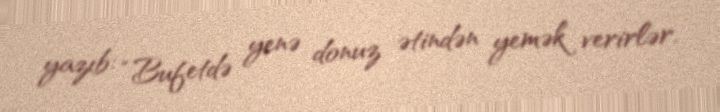
yazıb: “Bufetdə yenə donuz ətindən yemək verirlər.